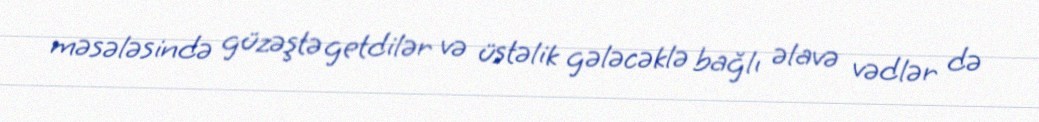
məsələsində güzəştə getdilər və üstəlik gələcəklə bağlı əlavə vədlər də